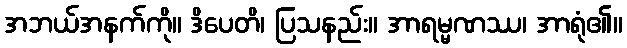
အဘယ်အနက်ကို။ ဒိပေတိ၊ ပြသနည်း။ အာရမ္မဏဿ၊ အာရုံ၏။